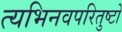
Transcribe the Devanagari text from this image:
त्यभिनवपरितुष्टो